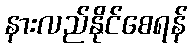
နားလည်နိုင်စေရန်